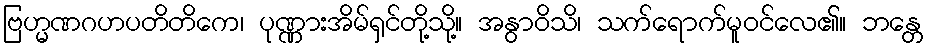
ဗြဟ္မဏဂဟပတိတိကေ၊ ပုဏ္ဏားအိမ်ရှင်တို့သို့။ အနွာဝိသိ၊ သက်ရောက်မူဝင်လေ၏။ ဘန္တေ